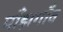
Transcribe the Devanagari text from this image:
माँझगाँव